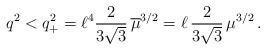
LaTeX: \begin{align*}q^2<q_+^2=\ell^4\frac{2}{3\sqrt{3}}\,\overline{\mu}^{3/2}=\ell\,\frac{2}{3\sqrt{3}}\,\mu^{3/2}\,.\end{align*}